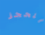
للحجز